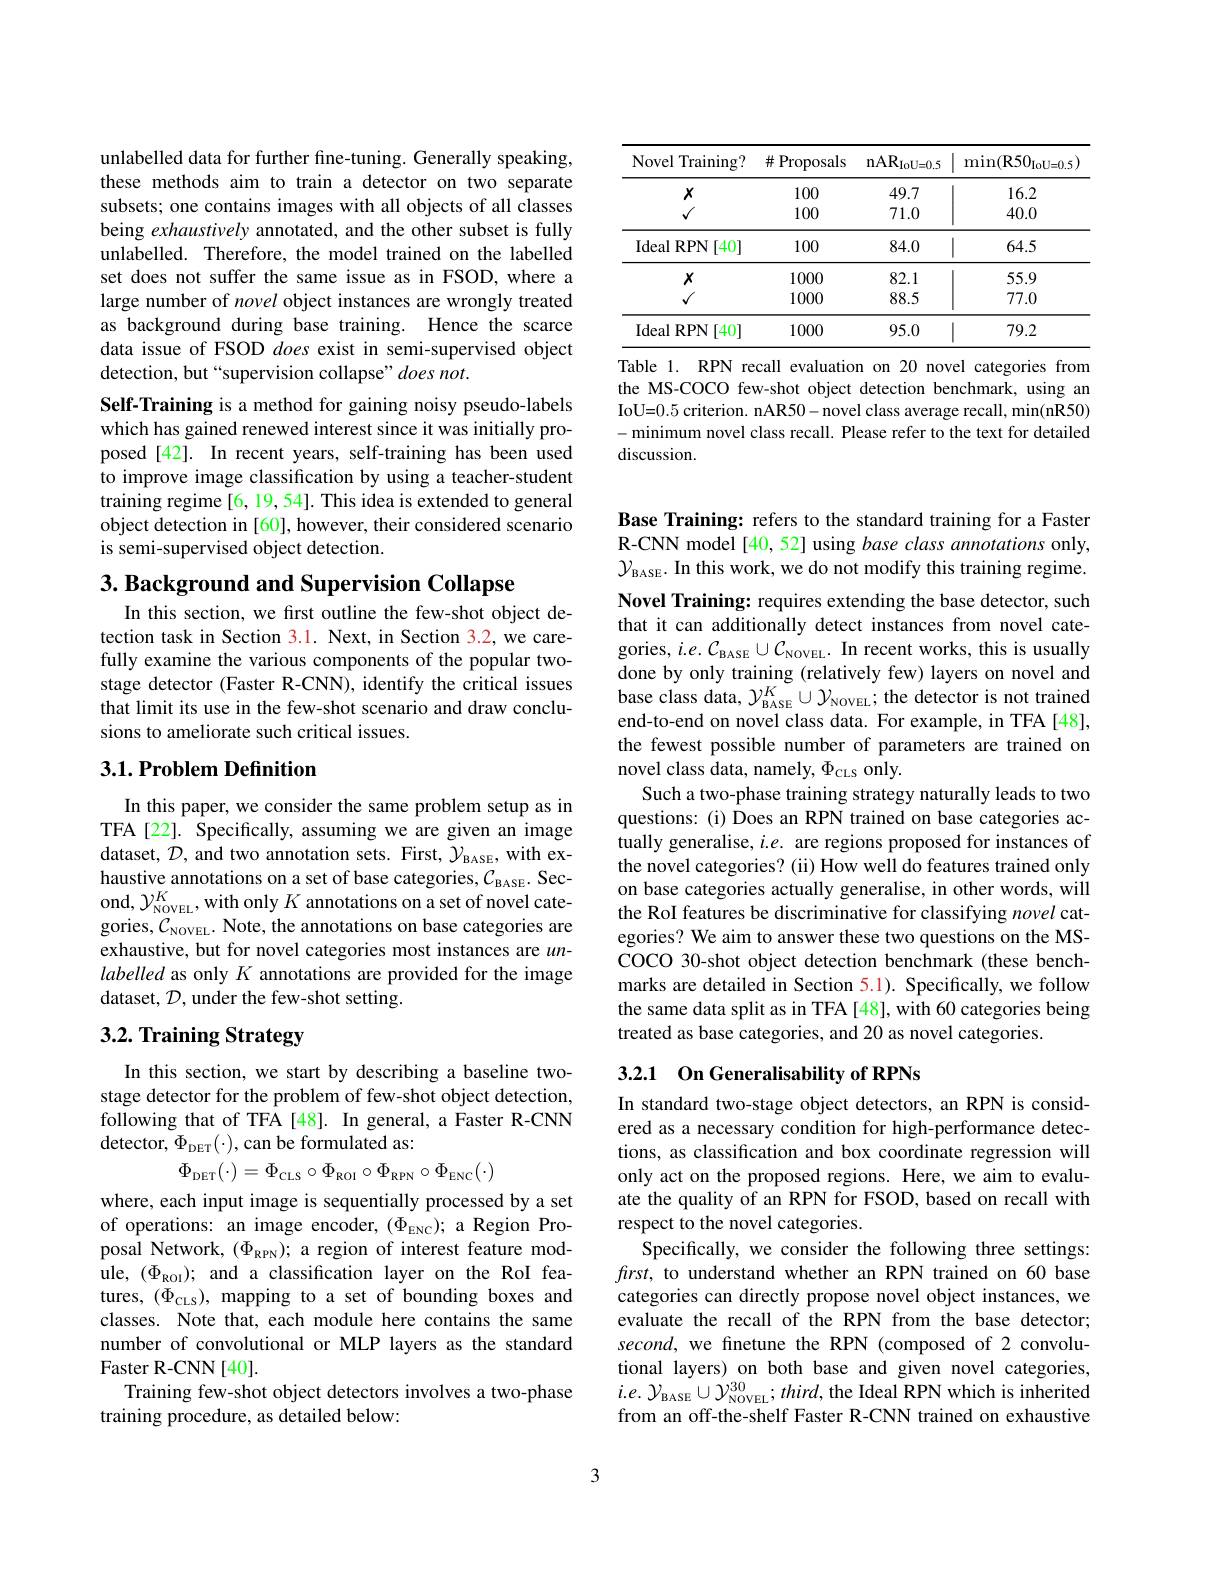
<table>
	<tbody>
		<tr>
			<th>Novel Training?</th>
			<th>Proposals 井 F</th>
			<th>$\mathrm{nAR}_{\mathrm{IoU=0.5}}$</th>
			<th>$\operatorname* { min} ( \mathbf{R} 50_{\mathrm{IoU= 0. 5}}]$</th>
		</tr>
		<tr>
			<td rowspan="2">$X$ $√$</td>
			<td>100</td>
			<td>49.7</td>
			<td>16.2</td>
		</tr>
		<tr>
			<td>100</td>
			<td>71.0</td>
			<td>40.0</td>
		</tr>
		<tr>
			<td>Ideal RPN[40]</td>
			<td>100</td>
			<td>84.0</td>
			<td>64.5 1 1</td>
		</tr>
		<tr>
			<td>$X$</td>
			<td>1000</td>
			<td>82.1</td>
			<td>55.9</td>
		</tr>
		<tr>
			<td>$√$</td>
			<td>1000</td>
			<td>88.5</td>
			<td>77.0</td>
		</tr>
		<tr>
			<td>Ideal RPN 401</td>
			<td>1000</td>
			<td>95.0</td>
			<td>79.2</td>
		</tr>
	</tbody>
</table>
Table 1. RPN recall evaluation on 20 novel categories from

the MS-COCO few-shot object detection benchmark, using an IoU=0.5 criterion. nAR50-novel class average recall, min(nR50) -minimum novel class recall. Please refer to the text for detailed discussion.

unlabelled data for further fine-tuning. Generally speaking, these methods aim to train a detector on two separate subsets; one contains images with all objects of all classes being exhaustively annotated, and the other subset is fully unlabelled. Therefore, the model trained on the labelled set does not suffer the same issue as in FSOD, where a large number of novel object instances are wrongly treated as background during base training. Hence the scarce data issue of FSOD does exist in semi-supervised object detection, but“supervision collapse”does not.
Self-Training is a method for gaining noisy pseudo-labels which has gained renewed interest since it was initially proposed [42]. In recent years, self-training has been used to improve image classification by using a teacher-student training regime[6,19,54]. This idea is extended to general object detection in [60], however, their considered scenario is semi-supervised object detection.

$3. \textbf{ Background and Supervision Collapse}$

In this section, we first outline the few-shot object detection task in Section 3.1. Next, in Section 3.2, we carefully examine the various components of the popular twostage detector (Faster R-CNN), identify the critical issues that limit its use in the few-shot scenario and draw conclusions to ameliorate such critical issues.

## 3.1. Problem Definition

In this paper, we consider the same problem setup as in TFA[22]. Specifically, assuming we are given an image dataset, $\mathcal{D}$, and two annotation sets. First, $\mathcal{Y}_{\mathrm{BASE}}$, with exhaustive annotations on a set of base categories, $\mathcal{C}_\mathrm{BASE}.$ Second, $\mathcal{Y}_{\mathrm{NOVEL}}^{K}$,with only $K$ annotations on a set of novel categories, $\mathcal{C}_\mathrm{NOVEL}.$ Note, the annotations on base categories are exhaustive, but for novel categories most instances are $un-$ labelled as only $K$ annotations are provided for the image dataset, $\mathcal D$, under the few-shot setting.

# 3.2. Training Strategy

In this section, we start by describing a baseline twostage detector for the problem of few-shot object detection, following that of TFA[48]. In general, a Faster R-CNN detector, $\Phi_\mathrm{DET}(\cdot)$, can be formulated as:
$$\Phi_{\mathrm{DET}}(\cdot)=\Phi_{\mathrm{CLS}}\circ\Phi_{\mathrm{ROI}}\circ\Phi_{\mathrm{RPN}}\circ\Phi_{\mathrm{ENC}}(\cdot)$$
where, each input image is sequentially processed by a set of operations: an image encoder, $(\Phi_\mathrm{ENC});$ a Region Proposal Network, $(\Phi_{\mathrm{RPN}});$ a region of interest feature module, $(\Phi_{\mathrm{ROI}});$ and a classification layer on the RoI features, $(\Phi_{\mathrm{CLS}})$, mapping to a set of bounding boxes and classes. Note that, each module here contains the same number of convolutional or MLP layers as the standard Faster R-CNN[40].
Training few-shot object detectors involves a two-phase
training procedure, as detailed below:

Base Training: refers to the standard training for a Faster R-CNN model[40, 52] using base class annotations only, $\mathcal{Y}_{\mathrm{BASE.~In~this~work,~we~do~not~modify~this~training~regime.}}$

Novel Training: requires extending the base detector, such that it can additionally detect instances from novel categories, $i.e.C_\mathrm{BASE}\cup C_\mathrm{NOVEL}.$ In recent works, this is usually done by only training (relatively few) layers on novel and base class data, $\mathcal{Y}_\mathrm{BASE}^K\cup\mathcal{Y}_\mathrm{NOVEL};$ the detector is not trained end-to-end on novel class data. For example, in TFA[48], the fewest possible number of parameters are trained on novel class data, namely, $\Phi_\mathrm{CLS}$ only.
Such a two-phase training strategy naturally leads to two questions: (i) Does an RPN trained on base categories actually generalise, $i.e.$ are regions proposed for instances of the novel categories? (ii) How well do features trained only on base categories actually generalise, in other words, will the RoI features be discriminative for classifying novel categories? We aim to answer these two questions on the MSCOCO 30-shot object detection benchmark (these benchmarks are detailed in Section 5.1). Specifically, we follow the same data split as in TFA[48], with 60 categories being treated as base categories, and 20 as novel categories

## 3.2.1 On Generalisability of RPNs

In standard two-stage object detectors, an RPN is considered as a necessary condition for high-performance detections, as classification and box coordinate regression will only act on the proposed regions. Here, we aim to evaluate the quality of an RPN for FSOD, based on recall with respect to the novel categories.
Specifically, we consider the following three settings: $first$, to understand whether an RPN trained on 60 base categories can directly propose novel object instances, we evaluate the recall of the RPN from the base detector; second, we finetune the RPN (composed of 2 convolutional layers) on both base and given novel categories, $i.e.{\mathcal Y}_{\mathrm{BASE}}\cup{\mathcal Y}_{\mathrm{NOVEL}}^{30};third$,the Ideal RPN which is inherited from an off-the-shelf Faster R-CNN trained on exhaustive

3